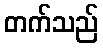
တက်သည်